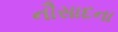
નૌસાદના